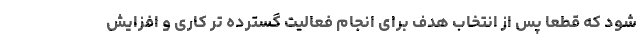
شود که قطعا پس از انتخاب هدف برای انجام فعالیت گسترده تر کاری و افزایش